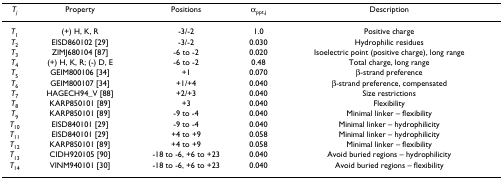
| Tj | Property | Positions | αppt,j | Description |
 | --- | --- | --- | --- | --- |
 | T1 | (+) H, K, R | -3/-2 | 1.0 | Positive charge |
 | T2 | EISD860102 [29] | -3/-2 | 0.030 | Hydrophilic residues |
 | T3 | ZIMJ680104 [87] | -6 to -2 | 0.020 | Isoelectric point (positive charge), long range |
 | T4 | (+) H, K, R; (-) D, E | -6 to -2 | 0.48 | Total charge, long range |
 | T5 | GEIM800106 [34] | +1 | 0.070 | β-strand preference |
 | T6 | GEIM800107 [34] | +1/+4 | 0.040 | β-strand preference, compensated |
 | T7 | HAGECH94_V [88] | +2/+3 | 0.040 | Size restrictions |
 | T8 | KARP850101 [89] | +3 | 0.040 | Flexibility |
 | T9 | KARP850101 [89] | -9 to -4 | 0.040 | Minimal linker – flexibility |
 | T10 | EISD840101 [29] | -9 to -4 | 0.040 | Minimal linker – hydrophilicity |
 | T11 | EISD840101 [29] | +4 to +9 | 0.058 | Minimal linker – hydrophilicity |
 | T12 | KARP850101 [89] | +4 to +9 | 0.058 | Minimal linker – flexibility |
 | T13 | CIDH920105 [90] | -18 to -6, +6 to +23 | 0.040 | Avoid buried regions – hydrophilicity |
 | T14 | VINM940101 [30] | -18 to -6, +6 to +23 | 0.040 | Avoid buried regions – flexibility |